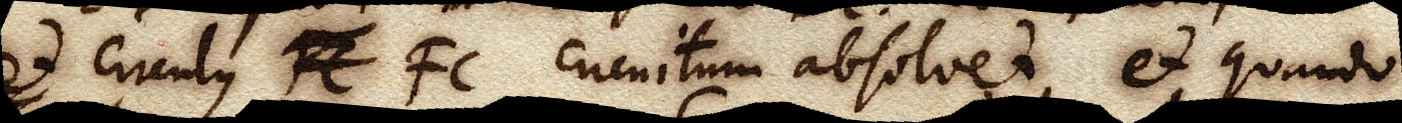
et circulus FC FC circuitum absolvet, et quando